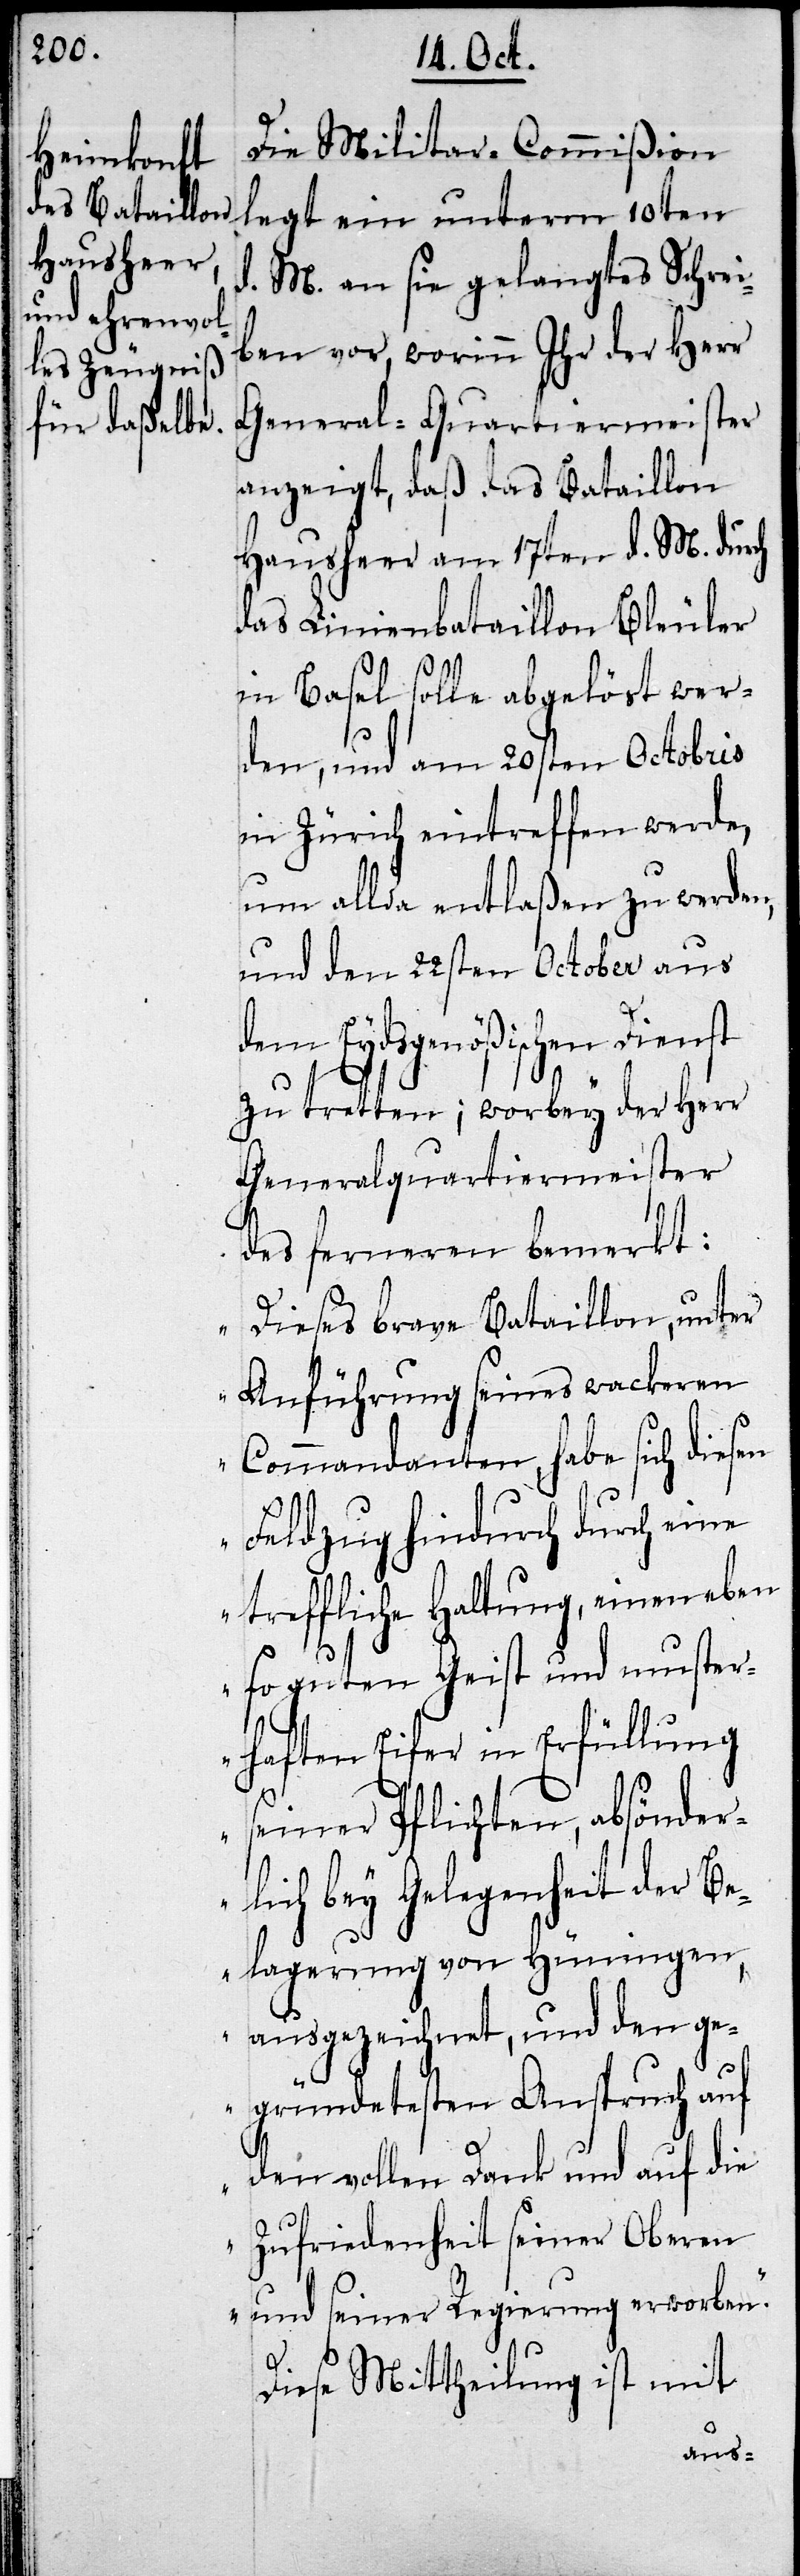
Die Militar-Commißion
legt ein unterm 10ten
d. M. an sie gelangtes Schrei¬
ben vor, worinn Ihr der Herr
General-Quartiermeister
anzeigt, daß das Bataillon
Hausheer am 17ten d. M. durch
das Linienbataillon Bleuler
in Basel solle abgelöst wer¬
den, und am 20sten Octobris
in Zürich eintreffen werde,
um allda entlaßen zu werden,
und den 22sten October aus
dem Eydsgenößischen Dienst
zu tretten; worbey der Herr
Generalquartiermeister
des ferneren bemerkt:
„Dieses brave Bataillon, unter
Anführung seines wackeren
Commandanten, habe sich diesen
Feldzug hindurch durch eine
treffliche Haltung, einen eben
so guten Geist und muster¬
haften Eifer in Erfüllung
seiner Pflichten, absönder¬
lich bey Gelegenheit der Be¬
lagerung von Hüningen,
ausgezeichnet, und den ge¬
gründetesten Anspruch auf
den vollen Dank und auf die
Zufriedenheit seiner Oberen
und seiner Regierung erworben.“
Diese Mittheilung ist mit